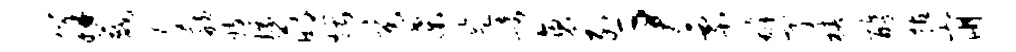
胼葳文舫妓嫖萌煨逆桑监崎褒烈尹票罅亨椿醇拈崩